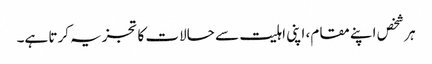
ہر شخص اپنے مقام، اپنی اہلیت سے حالات کا تجزیہ کرتا ہے۔